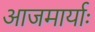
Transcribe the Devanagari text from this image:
आजमार्याः